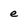
Character: e